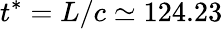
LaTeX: t^{*}=L/c\simeq 124.23